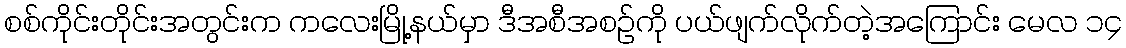
စစ်ကိုင်းတိုင်းအတွင်းက ကလေးမြို့နယ်မှာ ဒီအစီအစဉ်ကို ပယ်ဖျက်လိုက်တဲ့အကြောင်း မေလ ၁၄